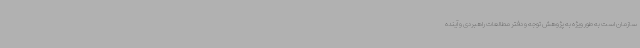
سازمان است به طور ویژه به پژوهش توجه و دفتر مطالعات راهبردی و آینده